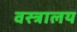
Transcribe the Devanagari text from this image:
वस्त्रालय